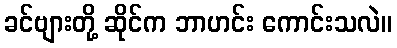
ခင်ဗျားတို့ ဆိုင်က ဘာဟင်း ကောင်းသလဲ။